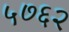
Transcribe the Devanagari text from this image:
५७६२